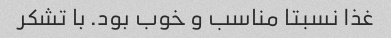
غذا نسبتا مناسب و خوب بود. با تشکر